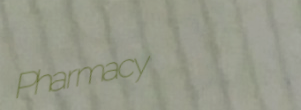
Pharmacy